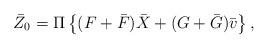
LaTeX: \begin{align*} \bar Z_0 = \Pi\left\{(F + \bar{F})\bar X + (G + \bar{G})\bar v\right\},\end{align*}